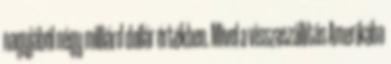
nagyjából négy milliárd dollár értékben. Mivel a visszaszállítás Amerikába